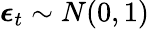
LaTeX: \displaystyle\boldsymbol{\epsilon}_{t}\sim N(0,1)